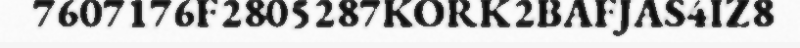
7607176F2805287KORK2BAFJAS4IZ8